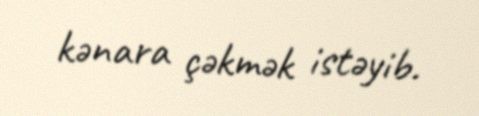
kənara çəkmək istəyib.